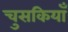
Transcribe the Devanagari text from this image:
चुसकियाँ